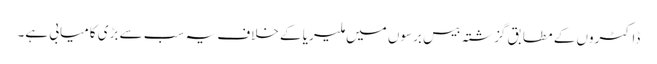
ڈاکٹروں کے مطابق گزشتہ بیس برسوں میں ملیریا کے خلاف یہ سب سے بڑی کامیابی ہے۔